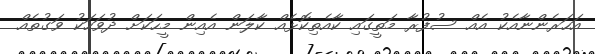
އަހަރެންނާއެކު އެއް ސުފުރާ މަތީގައި ކާއެތިކޮޅެއް ކާލަން އެއިން މީހަކަށް ދުވަހަކު ވަގުތެއް